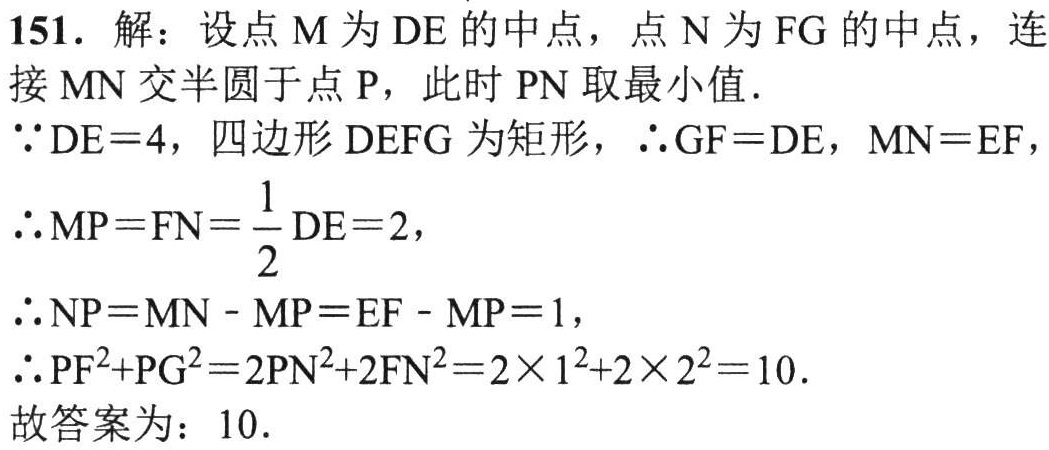
151. 解：设点 \(M\) 为 \(DE\) 的中点，点 \(N\) 为 \(FG\) 的中点，连接 \(MN\) 交半圆于点 \(P\)，此时 \(PN\) 取最小值.

\(\because DE = 4\)，四边形 \(DEFG\) 为矩形，\(\therefore GF=DE\)，\(MN = EF\)，

\(\therefore MP=FN=\frac{1}{2}DE = 2\)，

\(\therefore NP=MN - MP=EF - MP = 1\)，

\(\therefore PF^{2}+PG^{2}=2PN^{2}+2FN^{2}=2\times1^{2}+2\times2^{2}=10\).

故答案为：\(10\).